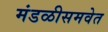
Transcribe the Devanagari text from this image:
मंडळीसमवेत